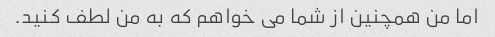
اما من همچنین از شما می خواهم که به من لطف کنید.